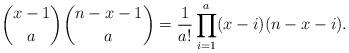
LaTeX: \begin{align*} \binom{x-1}{a}\binom{n-x-1}{a} = \frac{1}{a!} \prod_{i=1}^a (x-i)(n-x-i).\end{align*}